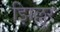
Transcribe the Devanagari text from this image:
झिल्लुर